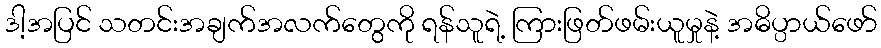
ဒါ့အပြင် သတင်းအချက်အလက်တွေကို ရန်သူရဲ့ ကြားဖြတ်ဖမ်းယူမှုနဲ့ အဓိပ္ပာယ်ဖော်